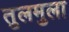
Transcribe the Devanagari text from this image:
तुलमुला